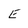
Character: E